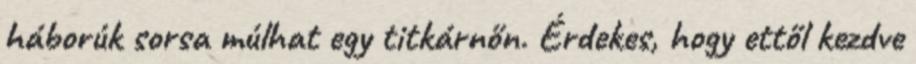
háborúk sorsa múlhat egy titkárnőn. Érdekes, hogy ettől kezdve